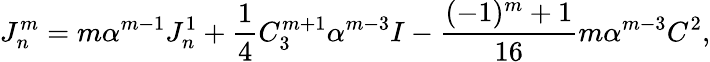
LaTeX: J_{n}^{m}=m\alpha^{m-1}J_{n}^{1}+\frac 14C_{3}^{m+1}\alpha^{m-3}I-\frac{(-1)^{m}+1}{16}m\alpha^{m-3}C^{2},